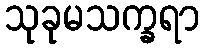
သုခုမသက္ခရာ